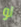
لو